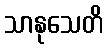
သာနုသေတိ